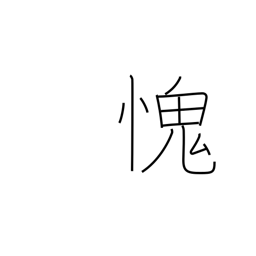
Meaning: feel ashamed